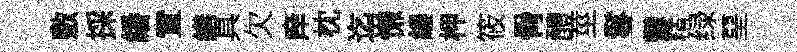
敷採繙置繕具欠庠枕迄慊縷柙筱骨醴莖鬘鬱精绿堊